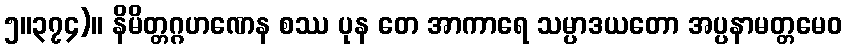
၅။၃၇၄)။ နိမိတ္တဂ္ဂဟဏေန စဿ ပုန တေ အာကာရေ သမ္ပာဒယတော အပ္ပနာမတ္တမေဝ